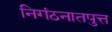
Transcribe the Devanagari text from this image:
निगंठनातपुत्त